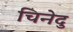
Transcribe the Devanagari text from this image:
चिनेदु